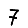
Digit: 7